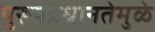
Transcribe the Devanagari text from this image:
पुरूषप्रधानतेमुळे